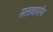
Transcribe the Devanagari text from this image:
सत्ताधार्यांना